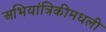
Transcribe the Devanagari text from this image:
अभियांत्रिकीमधली